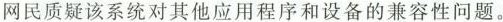
网民质疑该系统对其他应用程序和设备的兼容性问题。